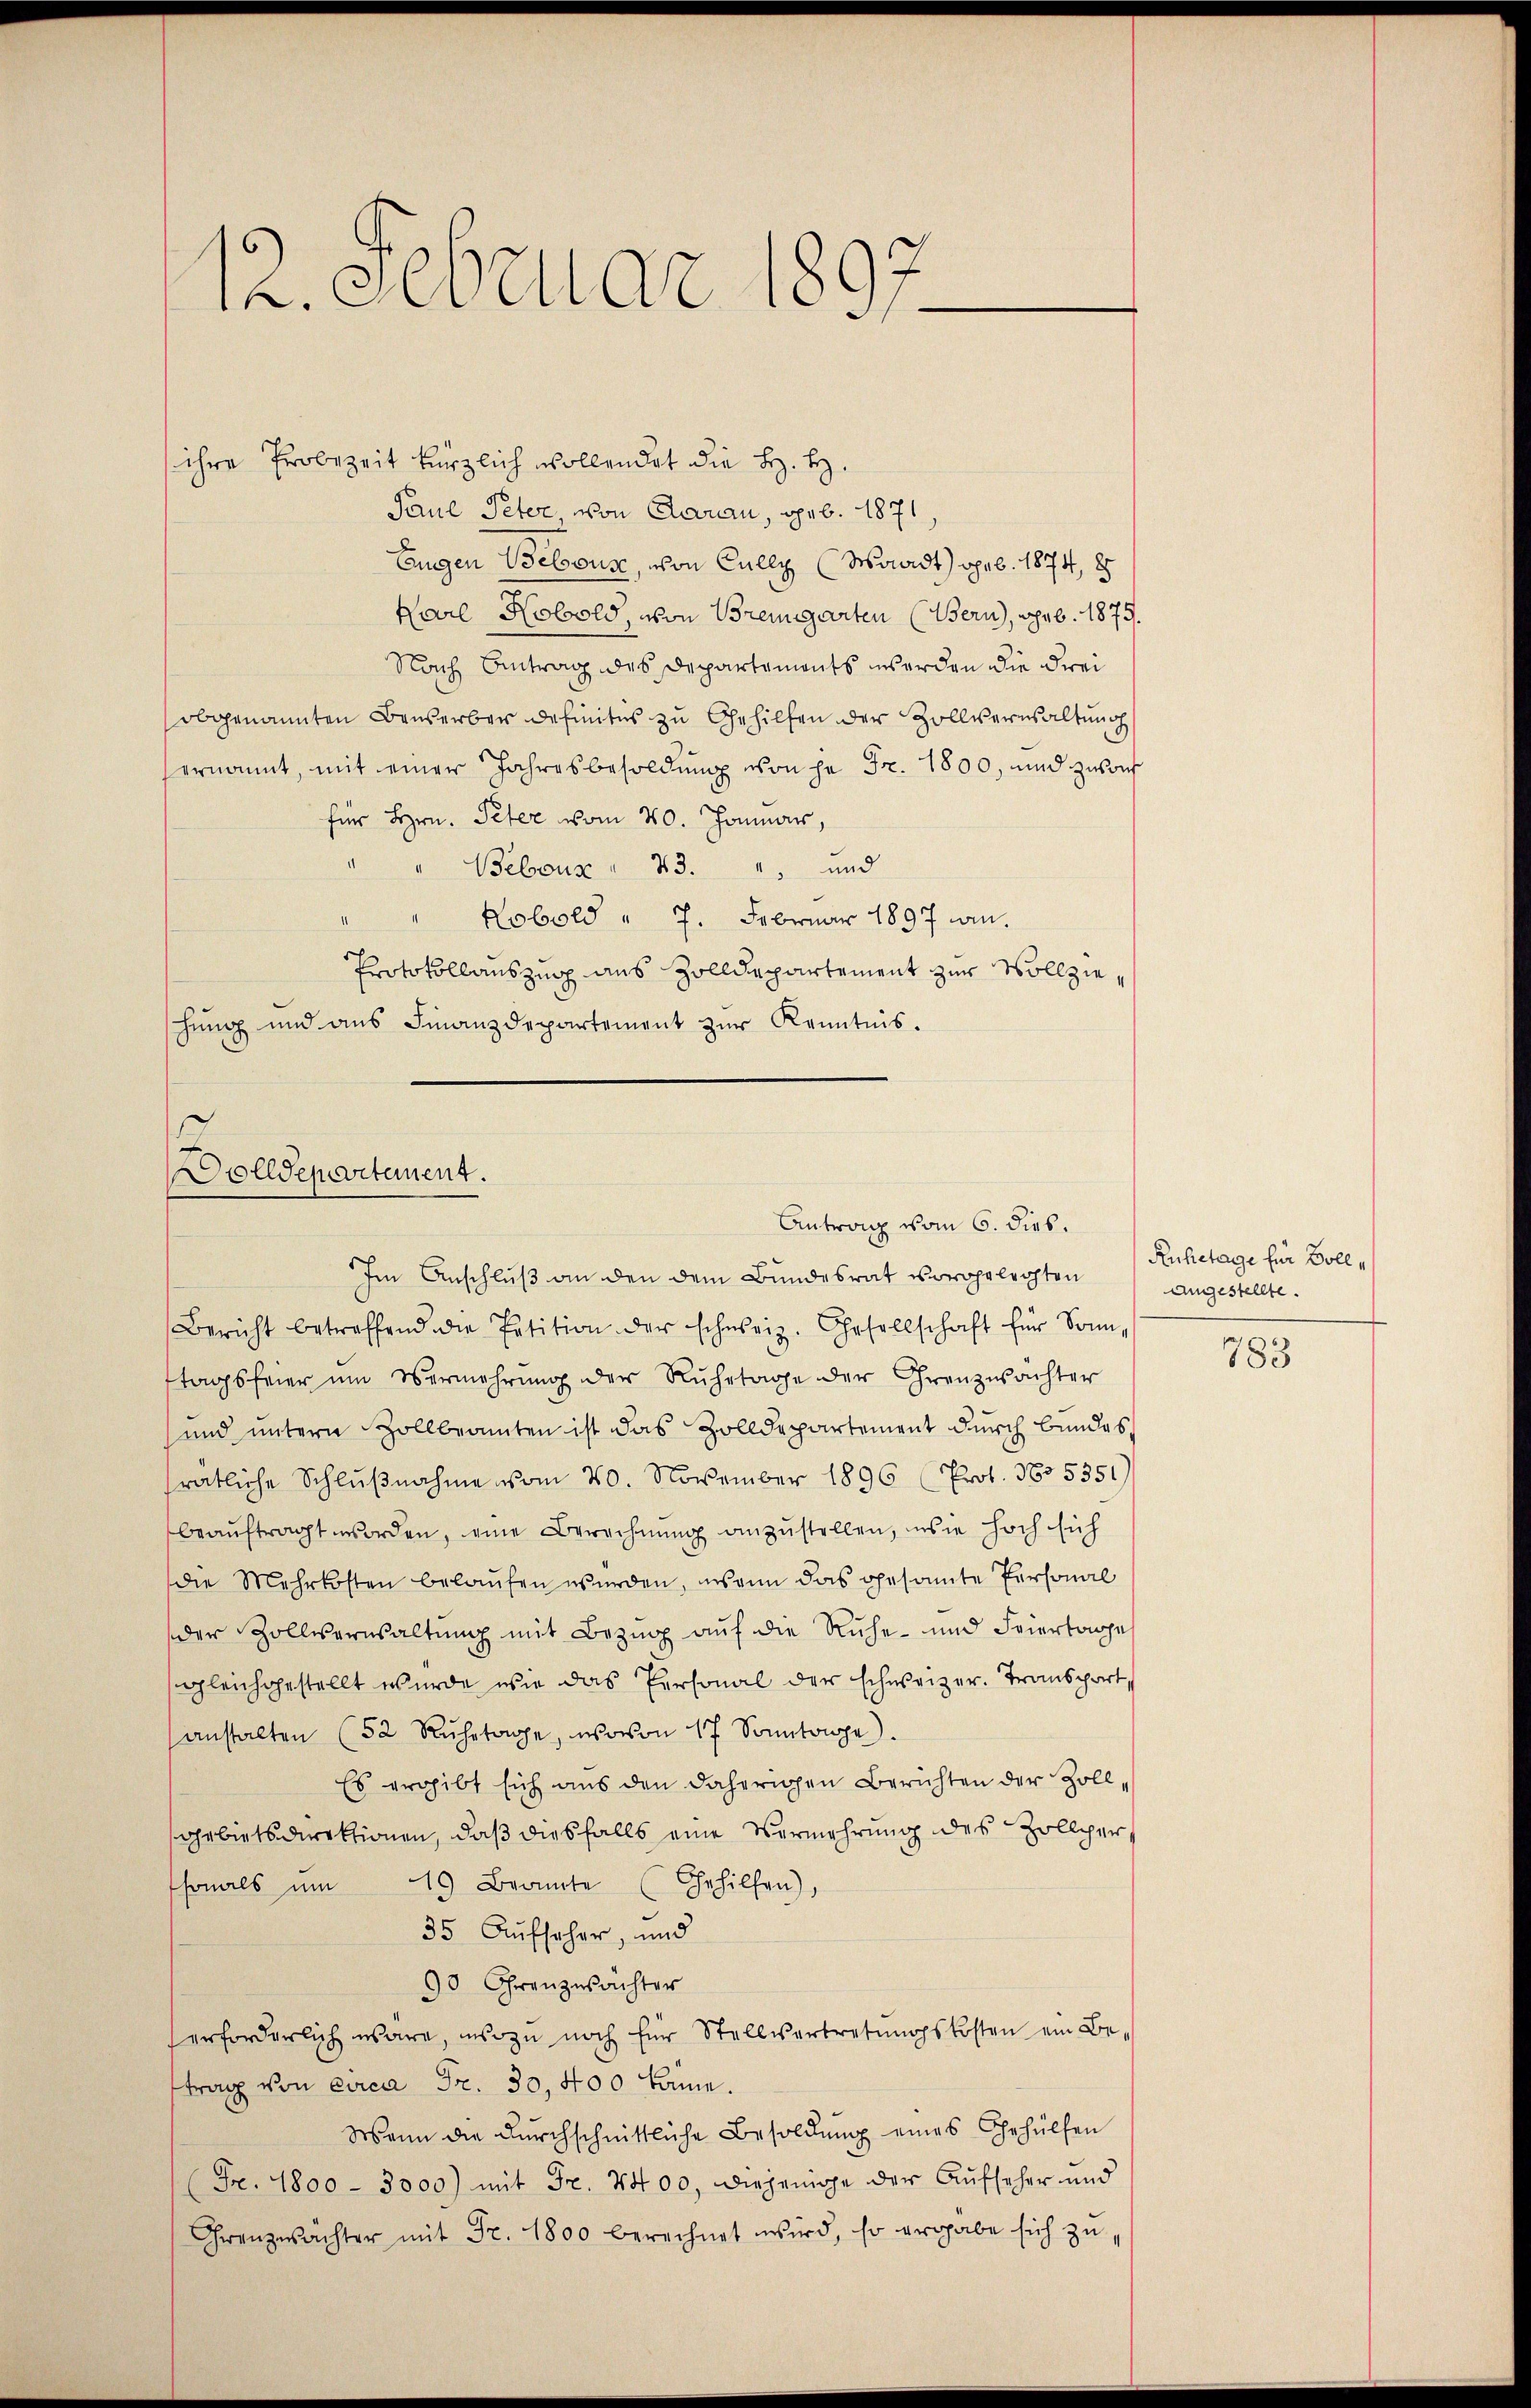
i. Februar 1897

ihre Probezeit kürzlich wollendet die H. H.
Paul Peter von Aarau, geb. 1871
Eugen Vebouse, von Cully (Waadt) geb. 1874, 8
Karl Kobold, von Bremgarten (Bern, geb. 1875.
Nach Antrag des Departements werden die drei
obgenannten Bauserber definitus zu Gehilfen der Zollverwaltung
ernannt, mit einer Jahresbesoldung von ha Fr. 1800, und zu auf
für Hrn. Peter vom 20. Januar,
" " Bebour " 43. 4, und
Kobold " 7. Februar 1897 an.
Protokollauszug aus Zolldepartement zur Vollzieschung und ans Finanzdepartement zŭr Kenntnis.

s
Dolldepartement.
Antrag vom 6. dies.

Im Anschluß an den dem Bundesrat vorgeleichten
Bericht betreffend die Petition der schweiz. Gesellschaft für Sonn-
tagsfeier um Vermehrŭng der Ruhetage der Franzwächter
und untern Zollbeamten ist das Zolldepartement durch Bundes,
rätliche Schlußnahme vom 20. November 1896 (Prof. No 5351
beauftragt worden, eine Berechnung anzustellen, in sie hoch sich
die Mehrkosten belaufen wurden, wenn das gesamte Personal
der Zollisernsaltung mit Bezug auf die Ruhe und Feiertage
gleichgestellt wurde, wie das Personal der schweizer. Transpart,
anstalten (52 Rŭhetage, wovon 17 Sonntage).
Es ergibt sich aus den daherigen Berichten der Zollarbietsdirektionen, daß diesfalls eine Vermehrung des Zollier
sonals ŭm 15 Beamte Gehilfen),
35 Aufseher, und
90 Franzwächter
erforderlich wäre, wozu noch für Stellvertretŭngskosten ein Be-
trag von circa Fr. 30, 400 könne.
Wenn die durchschnittliche Besoldung eines Gehülfen
(Fr. 1800 - 3000) mit Fr. 4400, diejenige der Aufseher und
Grenzwächter mit Fr. 1800 berechnet wird, so ergabe sich zŭ,

Ruhetage für Bollangestellte.

783